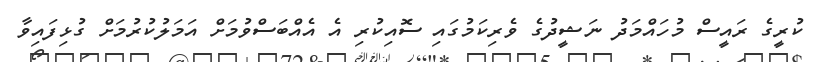
ކުރީގެ ރައީސް މުހައްމަދު ނަޝީދުގެ ވެރިކަމުގައި ސޮއިކުރި އެ އެއްބަސްވުމަށް އަމަލުކުރުމަށް ގުޅިފައިވާ